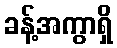
ခန့်အကွာရှိ